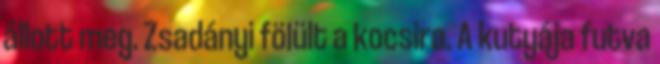
állott meg. Zsadányi fölült a kocsira. A kutyája futva